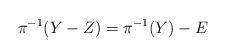
LaTeX: \begin{align*}\pi^{-1}(Y-Z) = \pi^{-1}(Y) - E\end{align*}